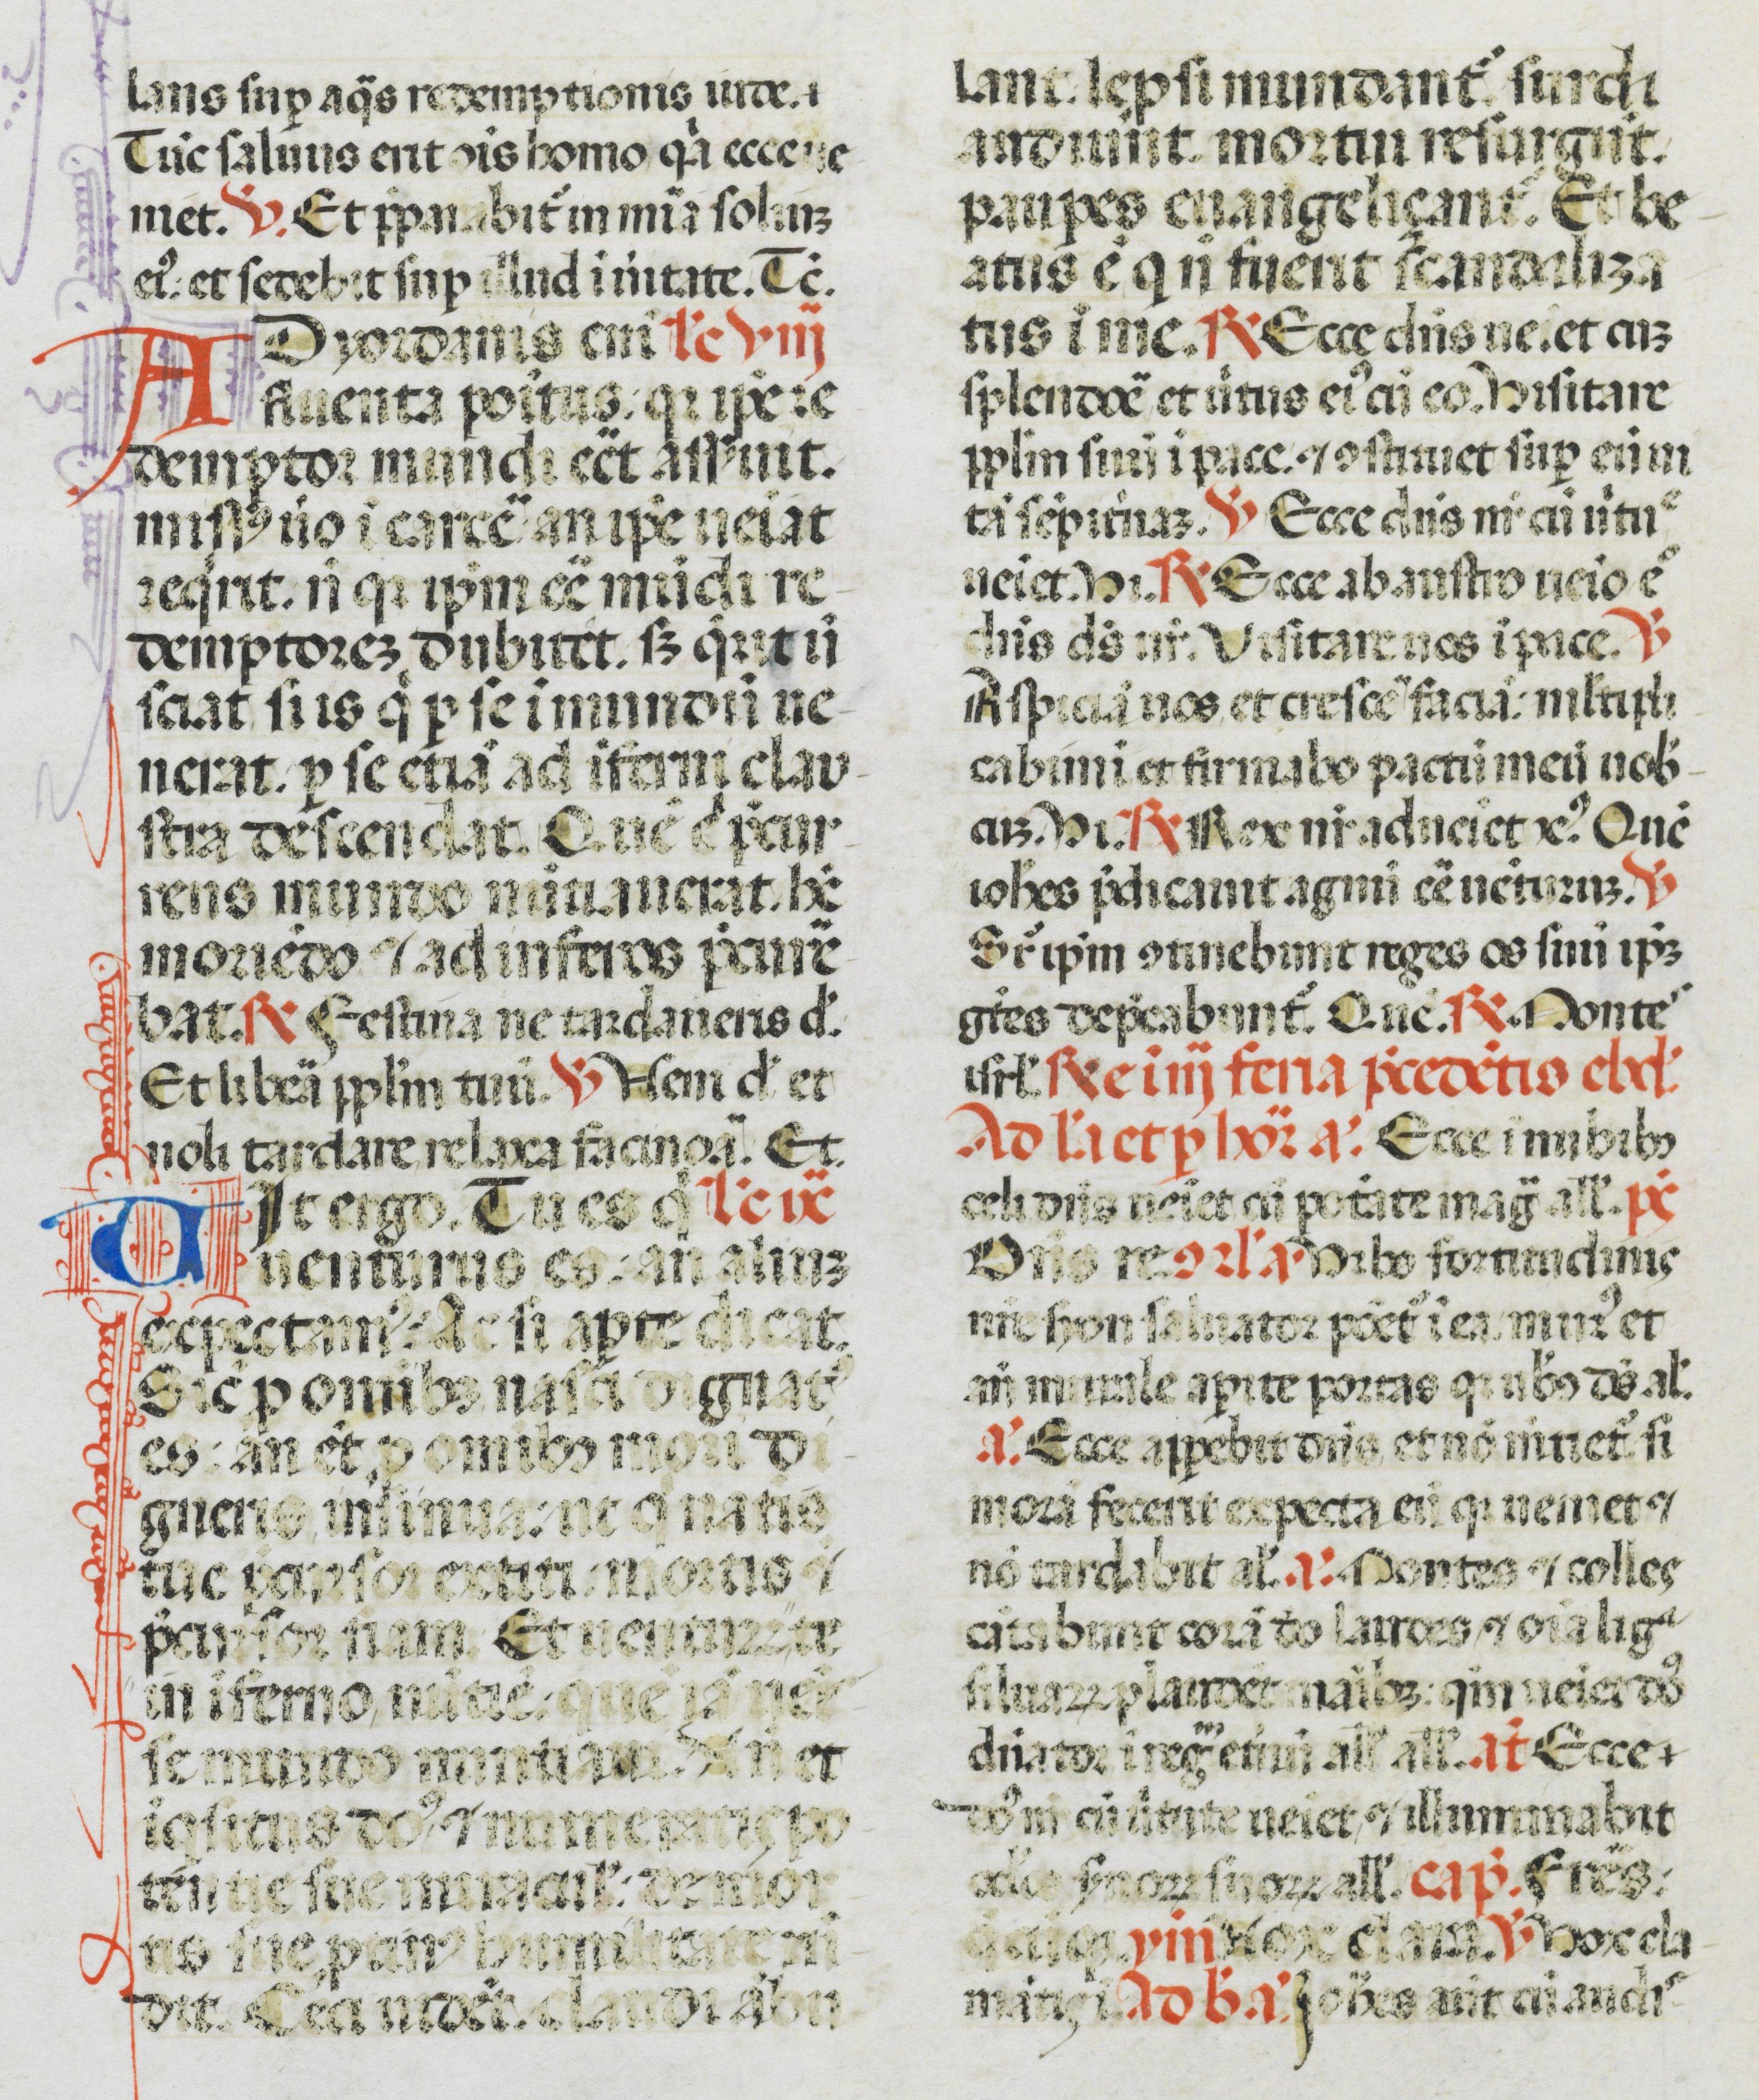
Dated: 1470–1471